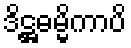
ဒိဋ္ဌဓမ္မိကာပိ